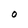
Character: o